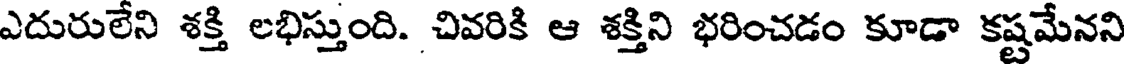
ఎదురులేని శక్తి లభిస్తుంది. చివరికి ఆ శక్తిని భరించడం కూడా కష్టమేనని